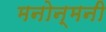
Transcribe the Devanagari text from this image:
मनोन्मनी